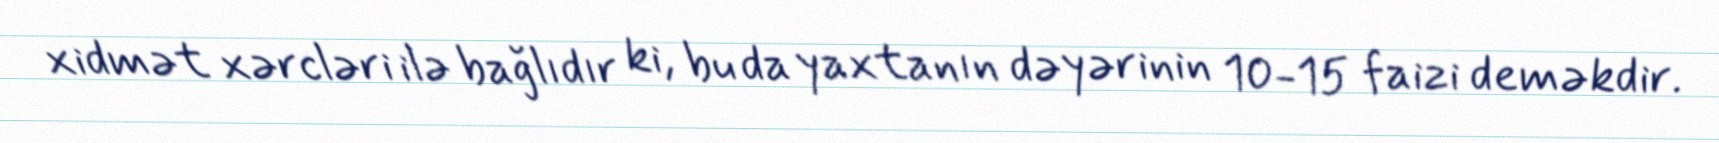
xidmət xərcləri ilə bağlıdır ki, bu da yaxtanın dəyərinin 10-15 faizi deməkdir.